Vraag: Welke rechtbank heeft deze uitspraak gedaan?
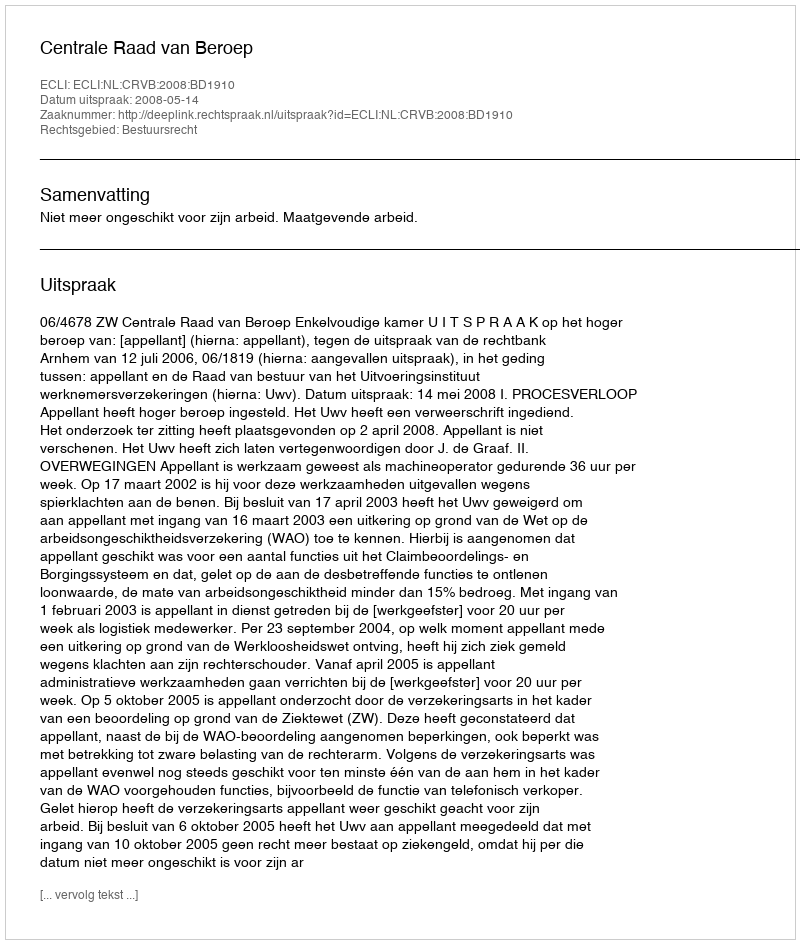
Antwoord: Centrale Raad van Beroep